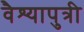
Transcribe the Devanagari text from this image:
वैश्यापुत्री